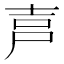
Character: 𡱠